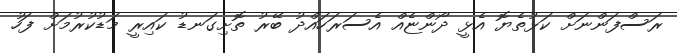
ރަސްފަންނަށް ކަޅުތެޔޮ އެޅީ ދޯންޏެއް އެސަރަހައްދު ބޭރު ތޮށިގަނޑު ކައިރީ މަޑުކުރުމަށް ފަހު